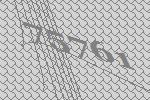
75761